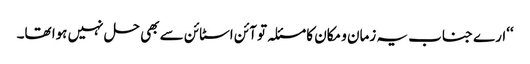
‘‘ارے جناب یہ زمان و مکان کا مسئلہ تو آئن اسٹائن سے بھی حل نہیں ہوا تھا۔